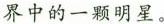
界中的一颗明星。